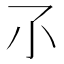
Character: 𡭖